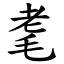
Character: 耄